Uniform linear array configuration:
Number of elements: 64
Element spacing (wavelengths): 0.25
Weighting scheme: hann
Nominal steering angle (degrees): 30
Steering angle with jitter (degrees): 31.137
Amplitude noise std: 0.05
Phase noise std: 0.05

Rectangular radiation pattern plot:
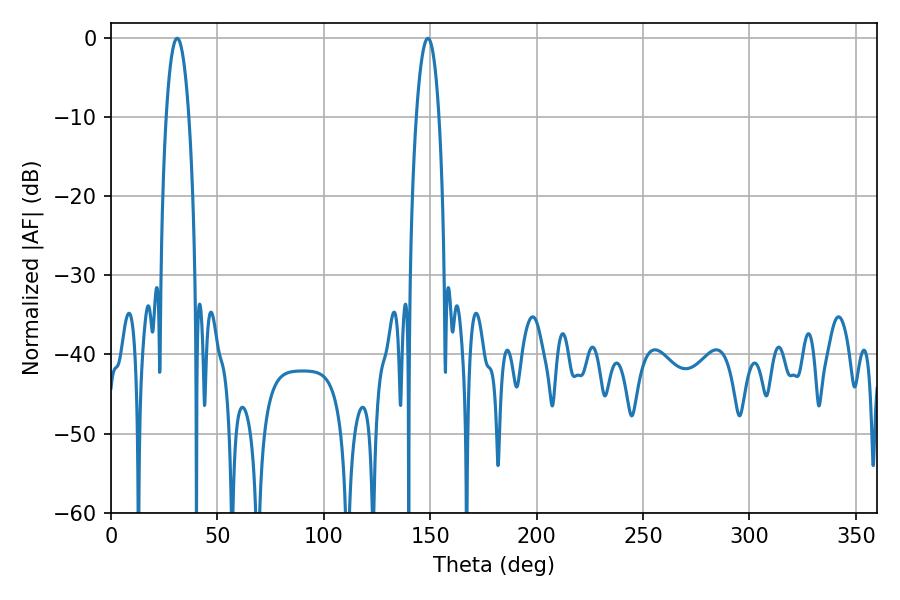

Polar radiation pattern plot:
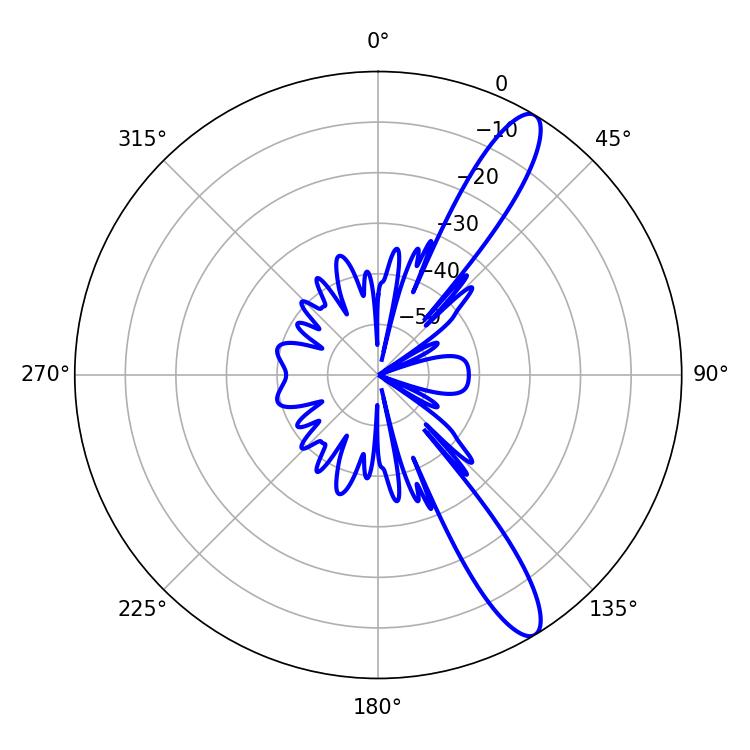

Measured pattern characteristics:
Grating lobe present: FALSE
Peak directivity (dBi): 12.408
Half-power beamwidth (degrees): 5.76
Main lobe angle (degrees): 31.14